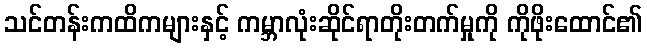
သင်တန်းကထိကများနှင့် ကမ္ဘာလုံးဆိုင်ရာတိုးတက်မှုကို ကိုဖိုးထောင်၏